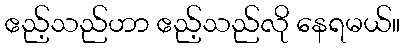
ဧည့်သည်ဟာ ဧည့်သည်လို နေရမယ်။